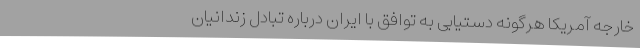
خارجه آمریکا هرگونه دستیابی به توافق با ایران درباره تبادل زندانیان